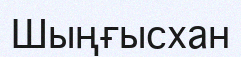
Шыңғысхан